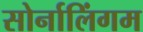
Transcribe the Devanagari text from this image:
सोर्नालिंगम